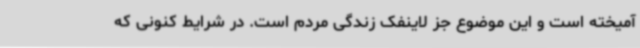
آمیخته است و این موضوع جز لاینفک زندگی مردم است. در شرایط کنونی که